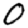
Digit: 0